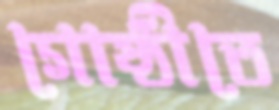
গোষ্ঠীতে